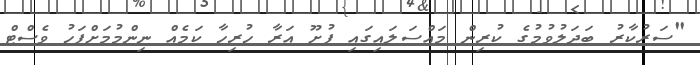
"ސަރުކާރު ބަދަލުވުމުގެ ކުރިން މައްސަލައިގައި ފުށޫ އަރާ ހުރިހާ ކަމެއް ނިންމުމަށްފަހު ވެސްޓް